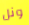
ونل